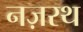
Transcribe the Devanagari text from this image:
नज़रथ